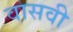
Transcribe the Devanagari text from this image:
वासवी